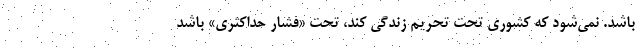
باشد. نمی‌شود که کشوری تحت تحریم زندگی کند، تحت «فشار حداکثری» باشد